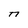
Character: n